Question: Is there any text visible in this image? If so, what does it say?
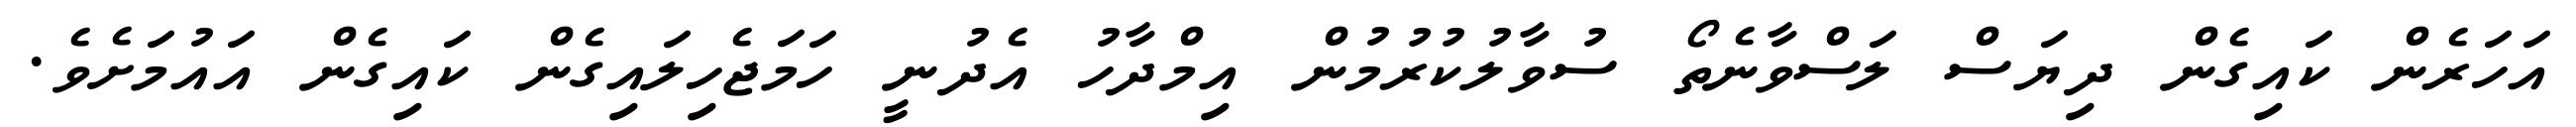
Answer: އަހަރެން ކައިގެން ދިޔަސް ލަސްވާނެތޯ ސުވާލުކުރުމުން އިމްދާހު އެދުނީ ހަމަޖެހިލައިގެން ކައިގެން އައުމަށެވެ.